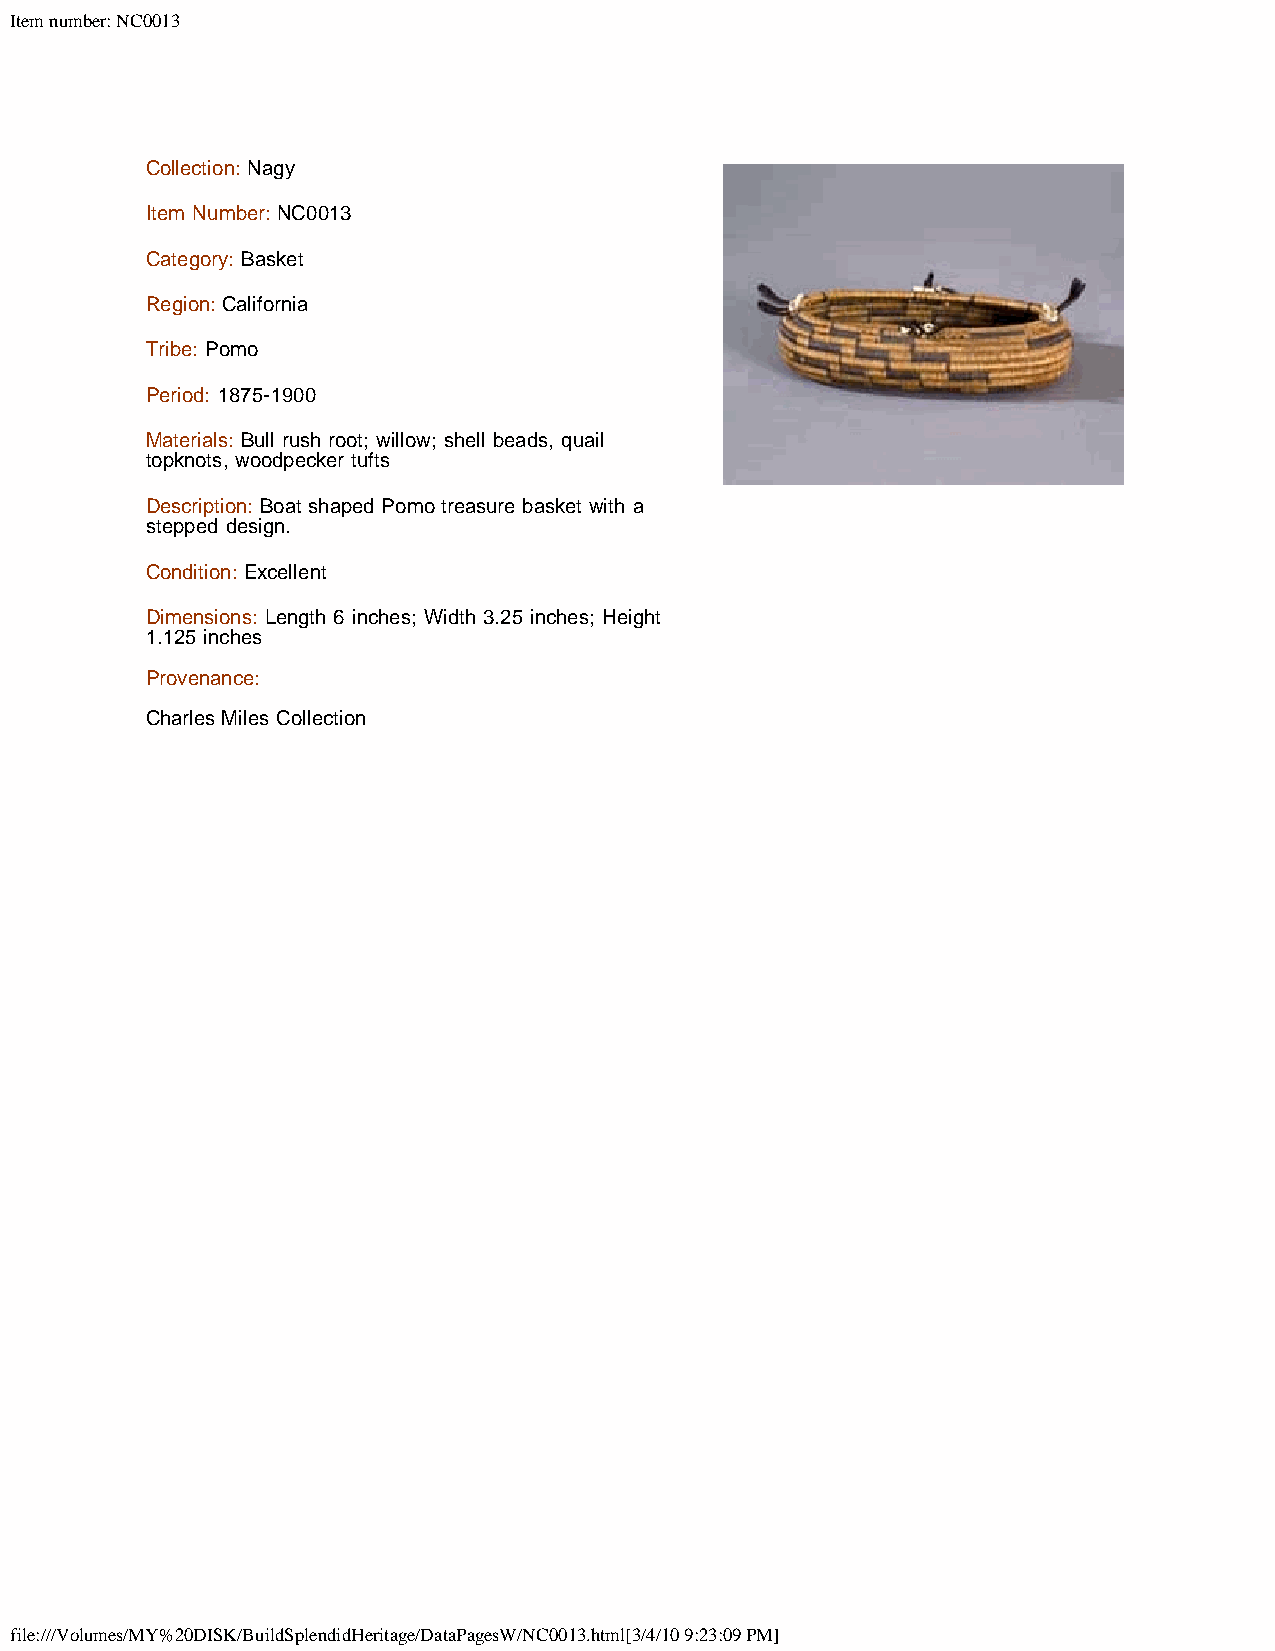
Item number: NC0013
 Collection: Nagy
 Item Number: NC0013
 Category: Basket
 Region: California
 Tribe: Pomo
 Period: 1875-1900
 Materials: Bull rush root; willow; shell beads, quail
 topknots, woodpecker tufts
 Description: Boat shaped Pomo treasure basket with a
 stepped design.
 Condition: Excellent
 Dimensions: Length 6 inches; Width 3.25 inches; Height
 1.125 inches
 Provenance:
 Charles Miles Collection
 file:///Volumes/MY%20DISK/BuildSplendidHeritage/DataPagesW/NC0013.html[3/4/10 9:23:09 PM]